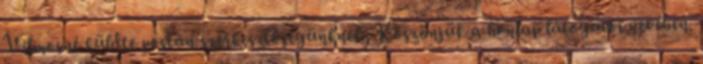
Vilmosné küldte postán szerkesztőségünknek, Köszönjük a honlap látogatói nevében.